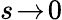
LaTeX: s\! \to\! 0